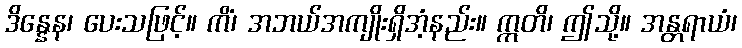
ဒိန္နေန၊ ပေးသဖြင့်။ ကိံ၊ အဘယ်အကျိုးရှိအံ့နည်း။ ဣတိ၊ ဤသို့။ အန္တရာယံ၊